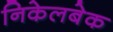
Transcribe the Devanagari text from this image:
निकेलबेक